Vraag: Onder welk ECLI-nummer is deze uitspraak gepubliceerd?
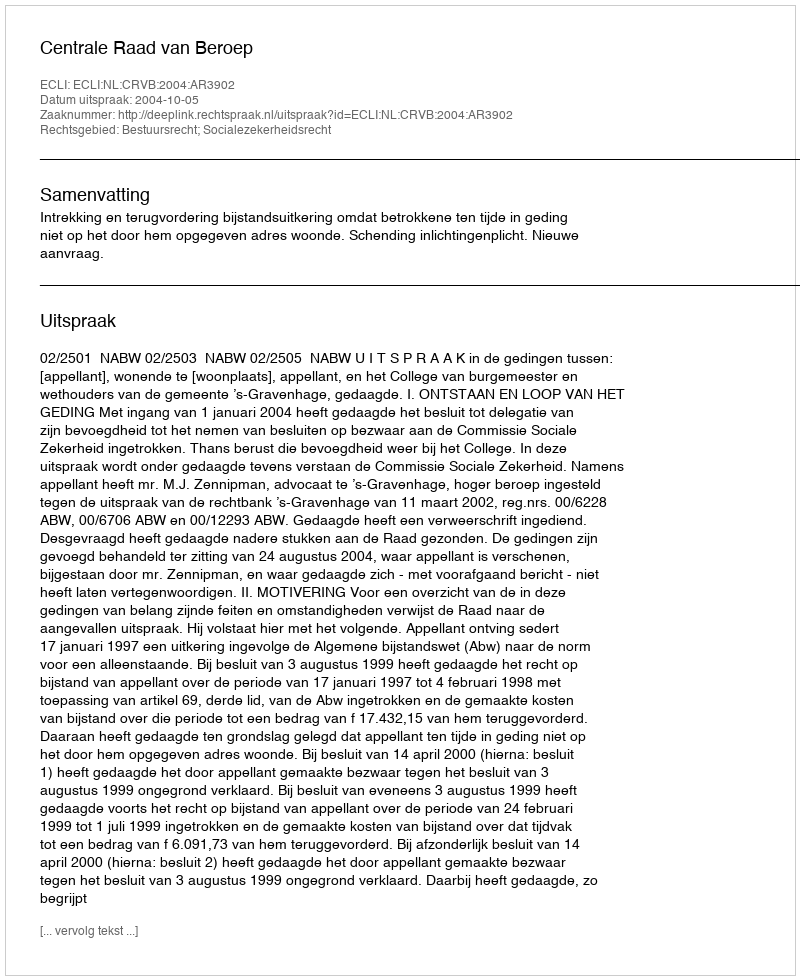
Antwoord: ECLI:NL:CRVB:2004:AR3902